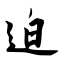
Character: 迫